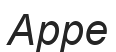
Арре